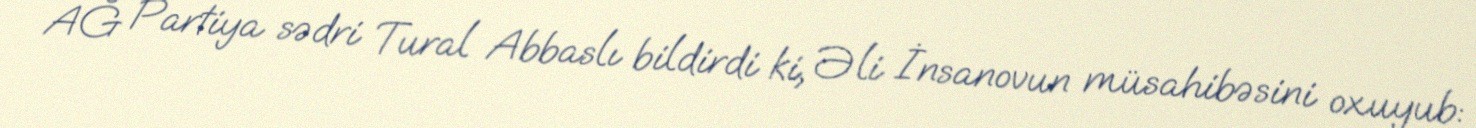
AĞ Partiya sədri Tural Abbaslı bildirdi ki, Əli İnsanovun müsahibəsini oxuyub: